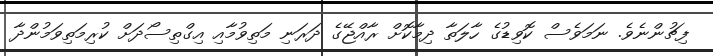
ފިޗުންނެވެ. ނަމަވެސް ކޮވިޑުގެ ހާލަތާ ދިމާކޮށް ރާއްޖޭގެ ދަރަނި މަތިވުމާއި އިގްތިސޯދަށް ކުރިމަތިވަމުންދާ